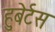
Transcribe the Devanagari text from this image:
हुबेर्टस